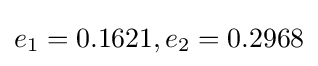
e_{1}=0.1621,e_{2}=0.2968